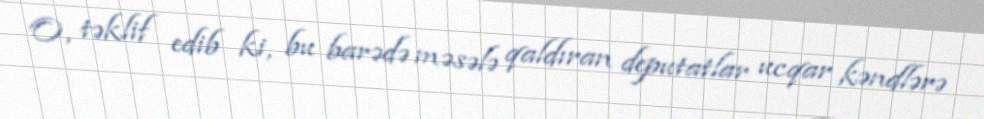
O, təklif edib ki, bu barədə məsələ qaldıran deputatlar ucqar kəndlərə